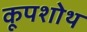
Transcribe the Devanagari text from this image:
कूपशोथ